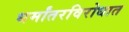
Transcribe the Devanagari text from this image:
धर्मांतरविरोधात